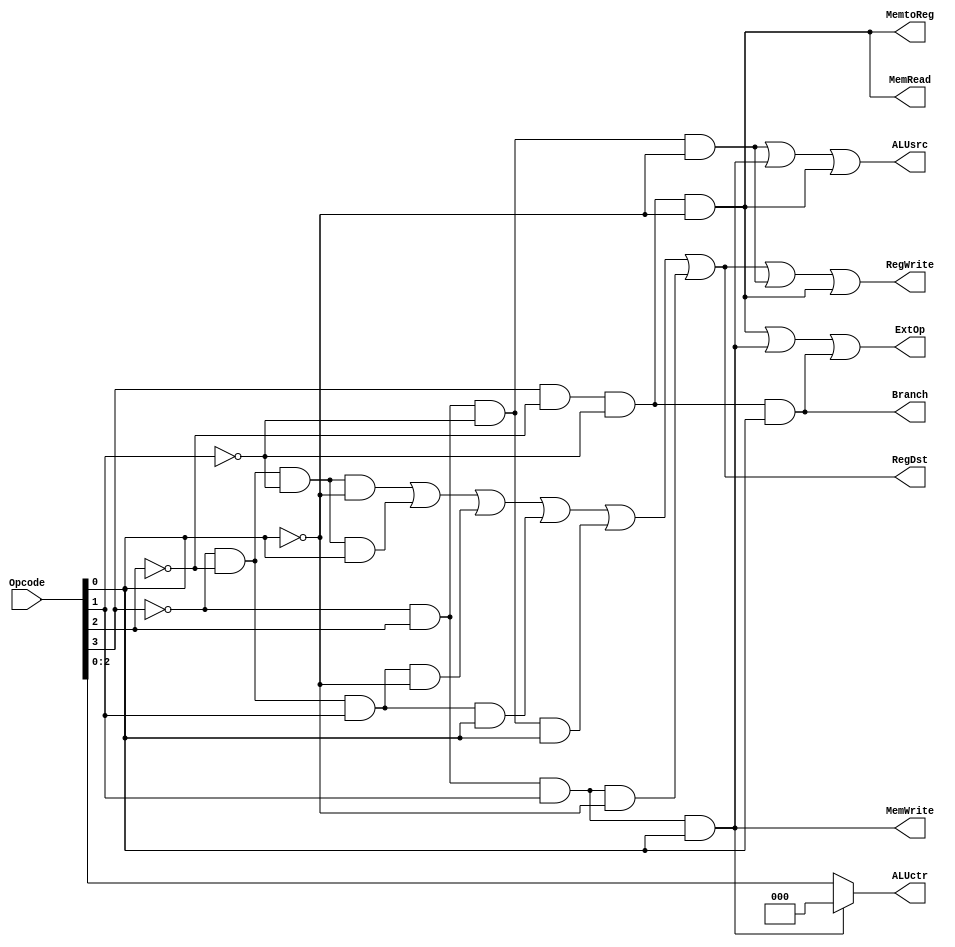
module ControlUnit(
		input [3:0]Opcode,
		output reg RegDst,
		output reg ALUsrc,
		output reg MemtoReg,
		output reg RegWrite,
		output reg MemWrite,
		output reg MemRead,
		output reg Branch,
		output reg ExtOp,
		output reg [2:0]ALUctr
		);
		reg o0, o1, o2, o3;
		assign o0 = Opcode[0]; assign o1 = Opcode[1];
		assign o2 = Opcode[2]; assign o3 = Opcode[3];
		reg add, sub, mul, div, ori, nor_, nand_, sw, lw, blt; 
always @(*)
begin
	add = ~o3 & ~o2 & ~o1 & ~o0;
	sub = ~o3 & ~o2 & ~o1 & o0;
	mul = ~o3 & ~o2 & o1 & ~o0;
	div = ~o3 & ~o2 & o1 & o0;
	ori = ~o3 & o2 & ~o1 & ~o0;
	nor_ = ~o3 & o2 & ~o1 & o0;
	nand_ = ~o3 & o2 & o1 & ~o0;
	sw = ~o3 & o2 & o1 & o0;
	lw = o3 & ~o2 & ~o1 & ~o0;
	blt = o3 & ~o2 & ~o1 & o0;

	RegDst = add | sub | mul | div | nor_ | nand_;
	ALUsrc = ori | sw | lw;
	MemtoReg = lw;
	RegWrite = RegDst | ori | lw;
	MemWrite = sw;
	MemRead = lw;
	Branch = blt;
	ExtOp =	lw | sw | blt;

	if(MemWrite) ALUctr = 3'b000;
	else ALUctr = Opcode[2:0];
end

endmodule